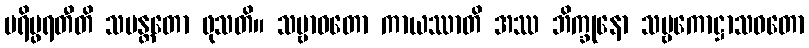
ပရိပ္ဖရတီတိ သမန္တတော ဖုသတိ။ သဗ္ဗာဝတော ကာယဿာတိ အဿ ဘိက္ခုနော သဗ္ဗကောဋ္ဌာသဝတော